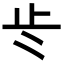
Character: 𭭚